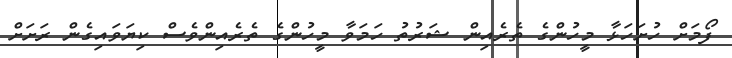
ފޯމަށް ހުށަހަޅާ މީހުންގެ ތެރެއިން ޝަރުތު ހަމަވާ މީހުންގެ ތެރެއިންވެސް ކިޔަވައިގެން ރަށަށް